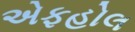
એફહોલ